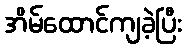
အိမ်ထောင်ကျခဲ့ပြီး